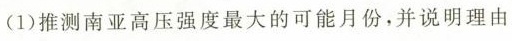
(1)推测南亚高压强度最大的可能月份，并说明理由。